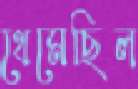
থেমেছিল